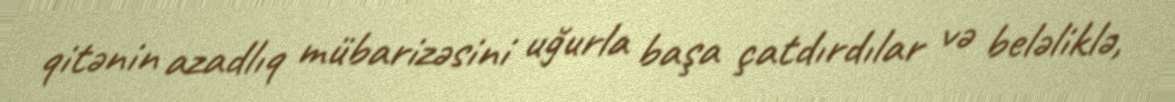
qitənin azadlıq mübarizəsini uğurla başa çatdırdılar və beləliklə,